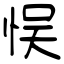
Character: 悮